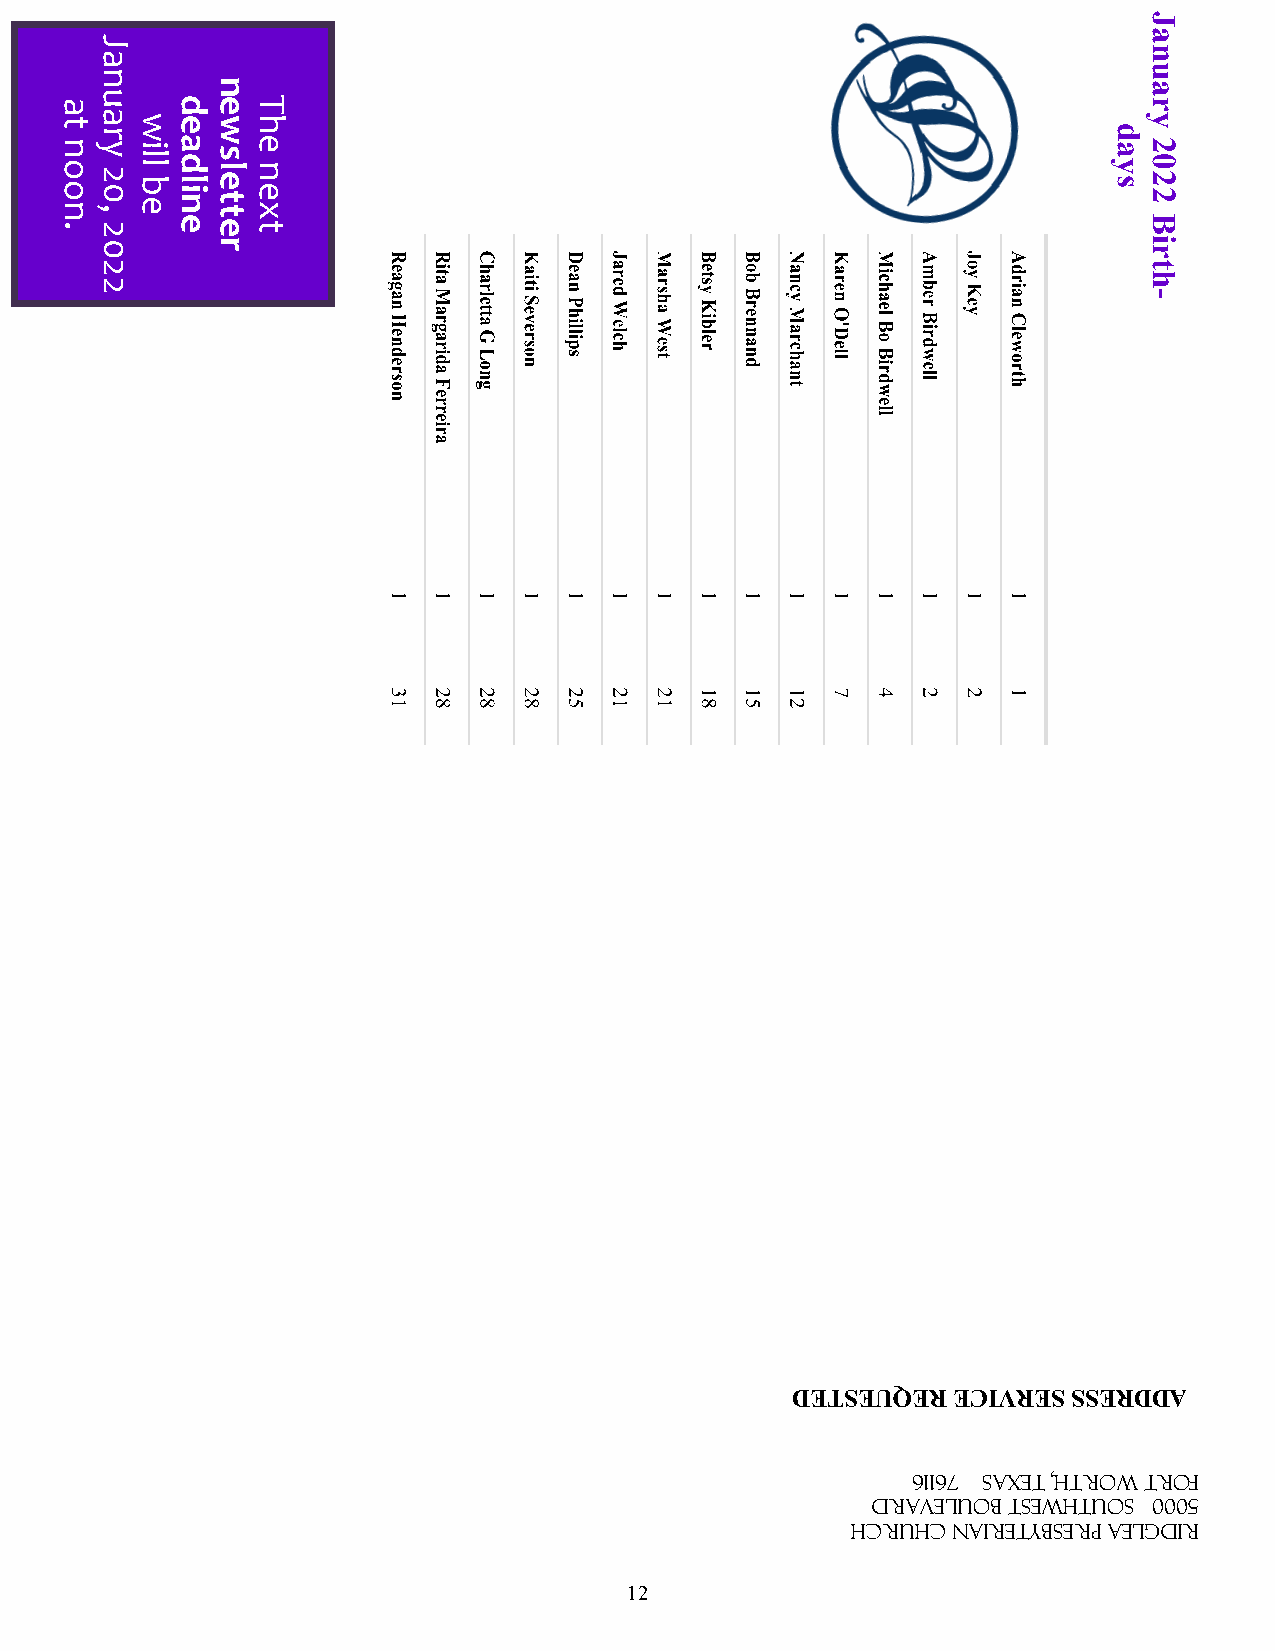
J
 a
 J
 a                                                                     n
 n                                                                     u
 n                                                             a
 au     deT                                                              r
 noon
 t
 ,02
 yra
 eb
 lliw nildae ttelsw
 xen
 eh                                                       syad
 2202
 y
 .2
 eet                                                              B
 0       r                                                             ri
 2                                                                     t
 h
 2
 -
 DETSEUQER  ECIVRES SSERDDA
 61167 SAXET ,HTROW TROF
 DRAVELUOB TSEWHTUOS 0005
 HCRUHC NAIRETYBSERP AELGDIR
 12